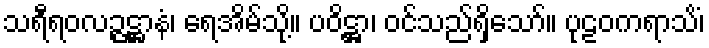
သရီရဝလဉ္ဇဋ္ဌာနံ၊ ရေအိမ်သို့။ ပဝိဋ္ဌာ၊ ဝင်သည်ရှိသော်။ ပုဠဝကရာသိံ၊